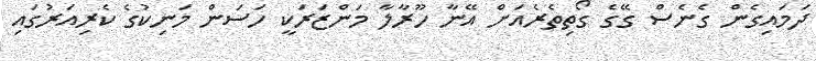
ދަމައިގެން ގެނެސް ގޭގެ ގޯތިތެރެއަށް އޭނާ ހޫރާލާ މަންޒަރަކީ ހަސަން މަނިކުގެ ކެރިއަރުގައި